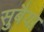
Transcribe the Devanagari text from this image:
सुबैया